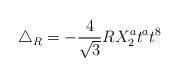
\begin{align*}\triangle_R= -\frac{4}{\sqrt{3}}R X_2^a t^a t^8\end{align*}